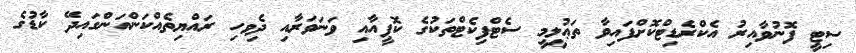
ސިޓީ ފޮނުވާއިރު އެކްރެޑިޓްކޮށްފައިވާ ތަޢުލީމީ ސެޓްފިކެޓްތަކުގެ ކޮޕީއާއި ވަނަވަރާއި ދިެވހި ރައްޔިތެއްކަންއަންގައިދޭ ކާޑުގެ